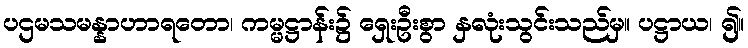
ပဌမသမန္နာဟာရတော၊ ကမ္မဋ္ဌာန်း၌ ရှေးဦးစွာ နှလုံးသွင်းသည်မှ။ ပဋ္ဌာယ၊ ၍။